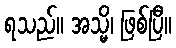
ရသည်။ အသ္မိ၊ ဖြစ်ပြီ။